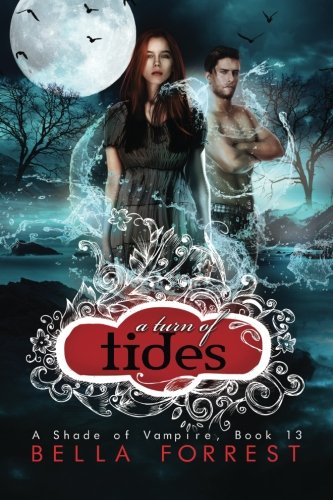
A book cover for A Shade of Vampire 13: A Turn of Tides (Volume 13); Bella Forrest; Romance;